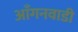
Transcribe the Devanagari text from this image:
आँगनवाडी